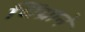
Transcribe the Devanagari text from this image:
धिंग्राने